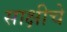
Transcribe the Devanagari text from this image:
साक्षीचे